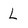
Character: L